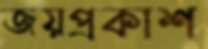
জয়প্রকাশ